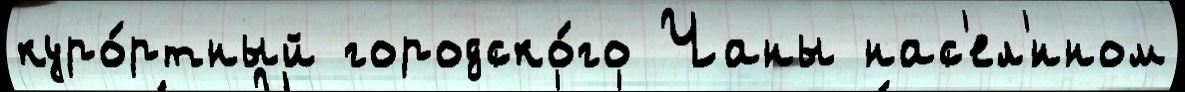
куро́ртный городско́го Чаны нас'ел'́нном